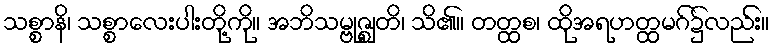
သစ္စာနိ၊ သစ္စာလေးပါးတို့ကို။ အဘိသမ္ဗုဇ္ဈတိ၊ သိ၏။ တတ္ထစ၊ ထိုအရဟတ္ထမဂ်၌လည်း။